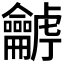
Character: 𪛍